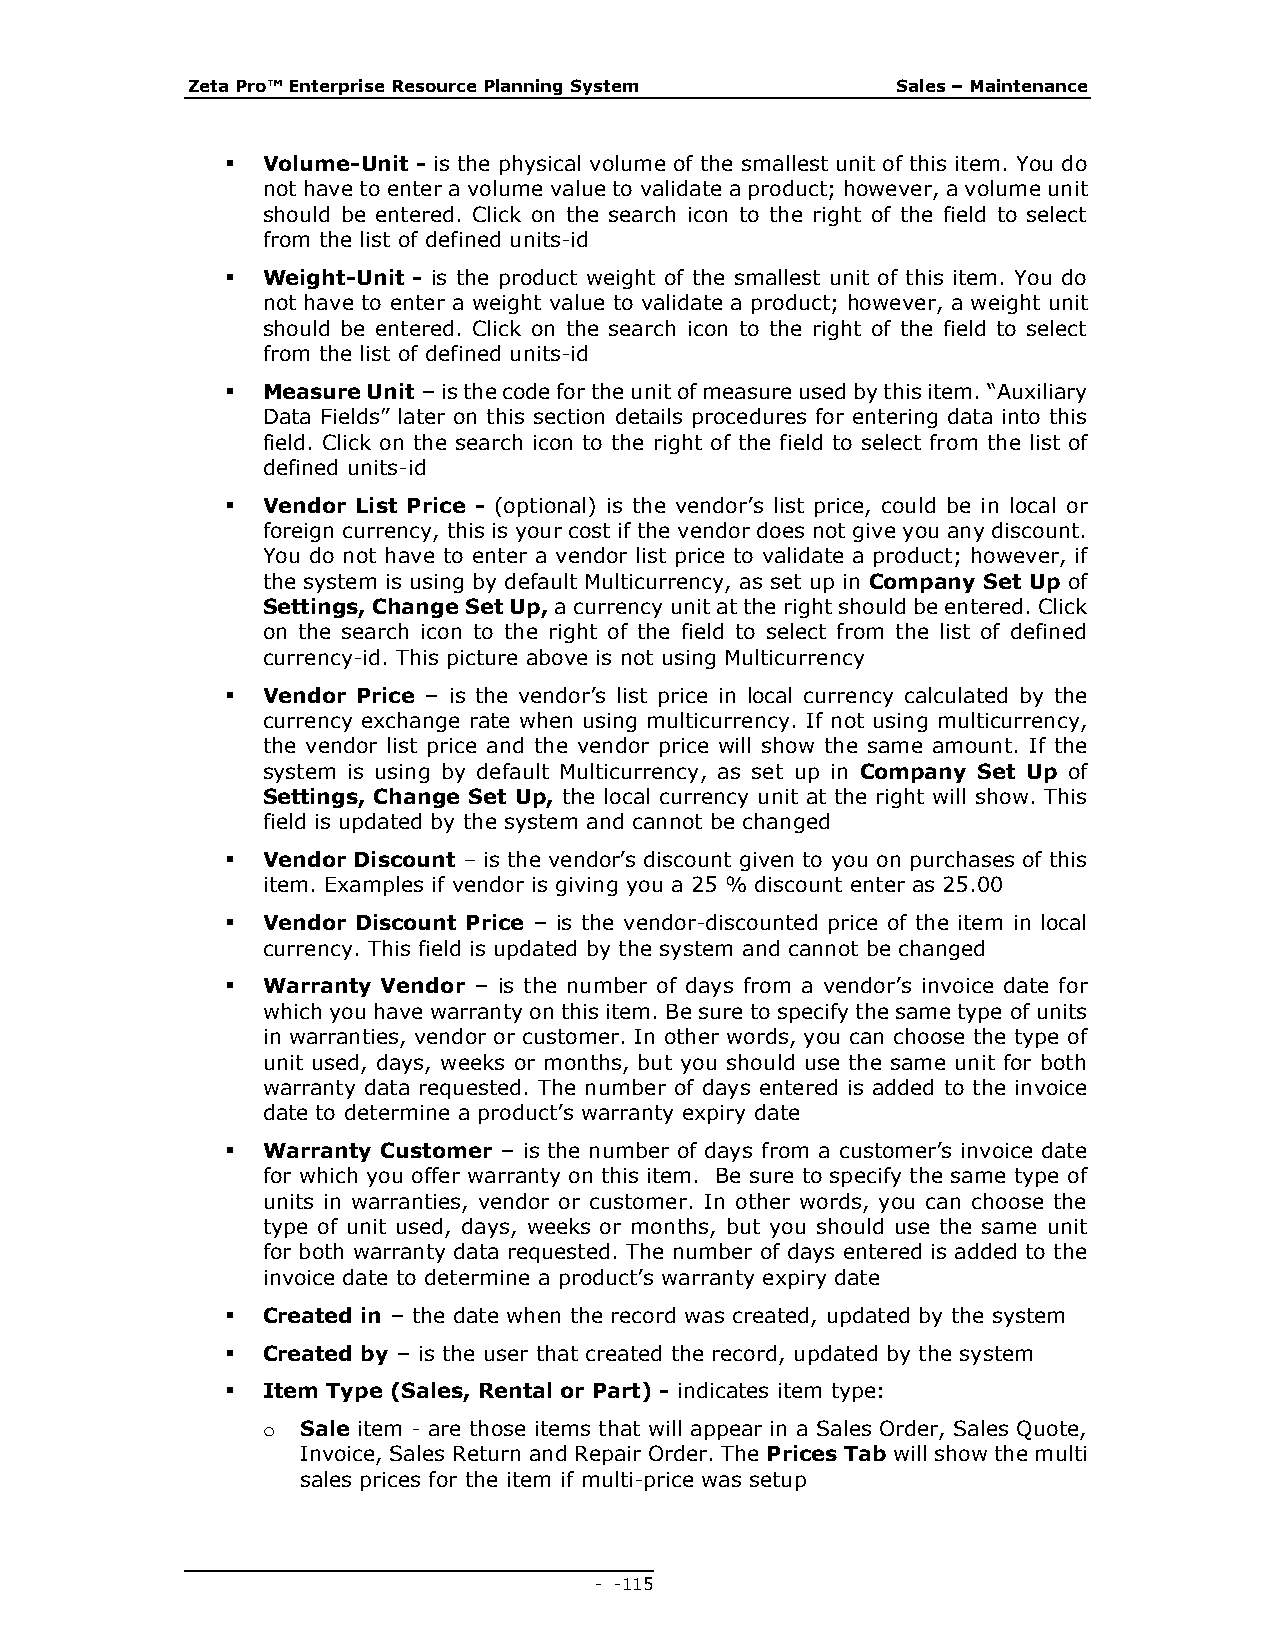
Zeta Pro™ Enterprise Resource Planning System  Sales – Maintenance
  Volume-Unit - is the physical volume of the smallest unit of this item. You do
 not have to enter a volume value to validate a product; however, a volume unit
 should be entered. Click on the search icon to the right of the field to select
 from the list of defined units-id
  Weight-Unit - is the product weight of the smallest unit of this item. You do
 not have to enter a weight value to validate a product; however, a weight unit
 should be entered. Click on the search icon to the right of the field to select
 from the list of defined units-id
  Measure Unit – is the code for the unit of measure used by this item. “Auxiliary
 Data Fields” later on this section details procedures for entering data into this
 field. Click on the search icon to the right of the field to select from the list of
 defined units-id
  Vendor List Price - (optional) is the vendor’s list price, could be in local or
 foreign currency, this is your cost if the vendor does not give you any discount.
 You do not have to enter a vendor list price to validate a product; however, if
 the system is using by default Multicurrency, as set up in Company Set Up of
 Settings, Change Set Up, a currency unit at the right should be entered. Click
 on the search icon to the right of the field to select from the list of defined
 currency-id. This picture above is not using Multicurrency
  Vendor Price – is the vendor’s list price in local currency calculated by the
 currency exchange rate when using multicurrency. If not using multicurrency,
 the vendor list price and the vendor price will show the same amount. If the
 system is using by default Multicurrency, as set up in Company Set Up of
 Settings, Change Set Up, the local currency unit at the right will show. This
 field is updated by the system and cannot be changed
  Vendor Discount – is the vendor’s discount given to you on purchases of this
 item. Examples if vendor is giving you a 25 % discount enter as 25.00
  Vendor Discount Price – is the vendor-discounted price of the item in local
 currency. This field is updated by the system and cannot be changed
  Warranty Vendor – is the number of days from a vendor’s invoice date for
 which you have warranty on this item. Be sure to specify the same type of units
 in warranties, vendor or customer. In other words, you can choose the type of
 unit used, days, weeks or months, but you should use the same unit for both
 warranty data requested. The number of days entered is added to the invoice
 date to determine a product’s warranty expiry date
  Warranty Customer – is the number of days from a customer’s invoice date
 for which you offer warranty on this item. Be sure to specify the same type of
 units in warranties, vendor or customer. In other words, you can choose the
 type of unit used, days, weeks or months, but you should use the same unit
 for both warranty data requested. The number of days entered is added to the
 invoice date to determine a product’s warranty expiry date
  Created in – the date when the record was created, updated by the system
  Created by – is the user that created the record, updated by the system
  Item Type (Sales, Rental or Part) - indicates item type:
 o  Sale item - are those items that will appear in a Sales Order, Sales Quote,
 Invoice, Sales Return and Repair Order. The Prices Tab will show the multi
 sales prices for the item if multi-price was setup
 - - 115